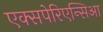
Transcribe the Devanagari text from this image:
एक्सपेरिएन्सिआ